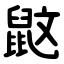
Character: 鼤